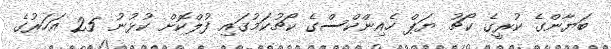
ބަޔާންގެ ކުރީގެ ކޯޗު ޔަޕް ހެއިންކްސްގެ ކޯޗުކަމުގައި ފުލްކޮށް ކުޅުނު 25 އަހަރުގެ